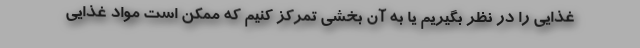
غذایی را در نظر بگیریم یا به آن بخشی تمرکز کنیم که ممکن است مواد غذایی